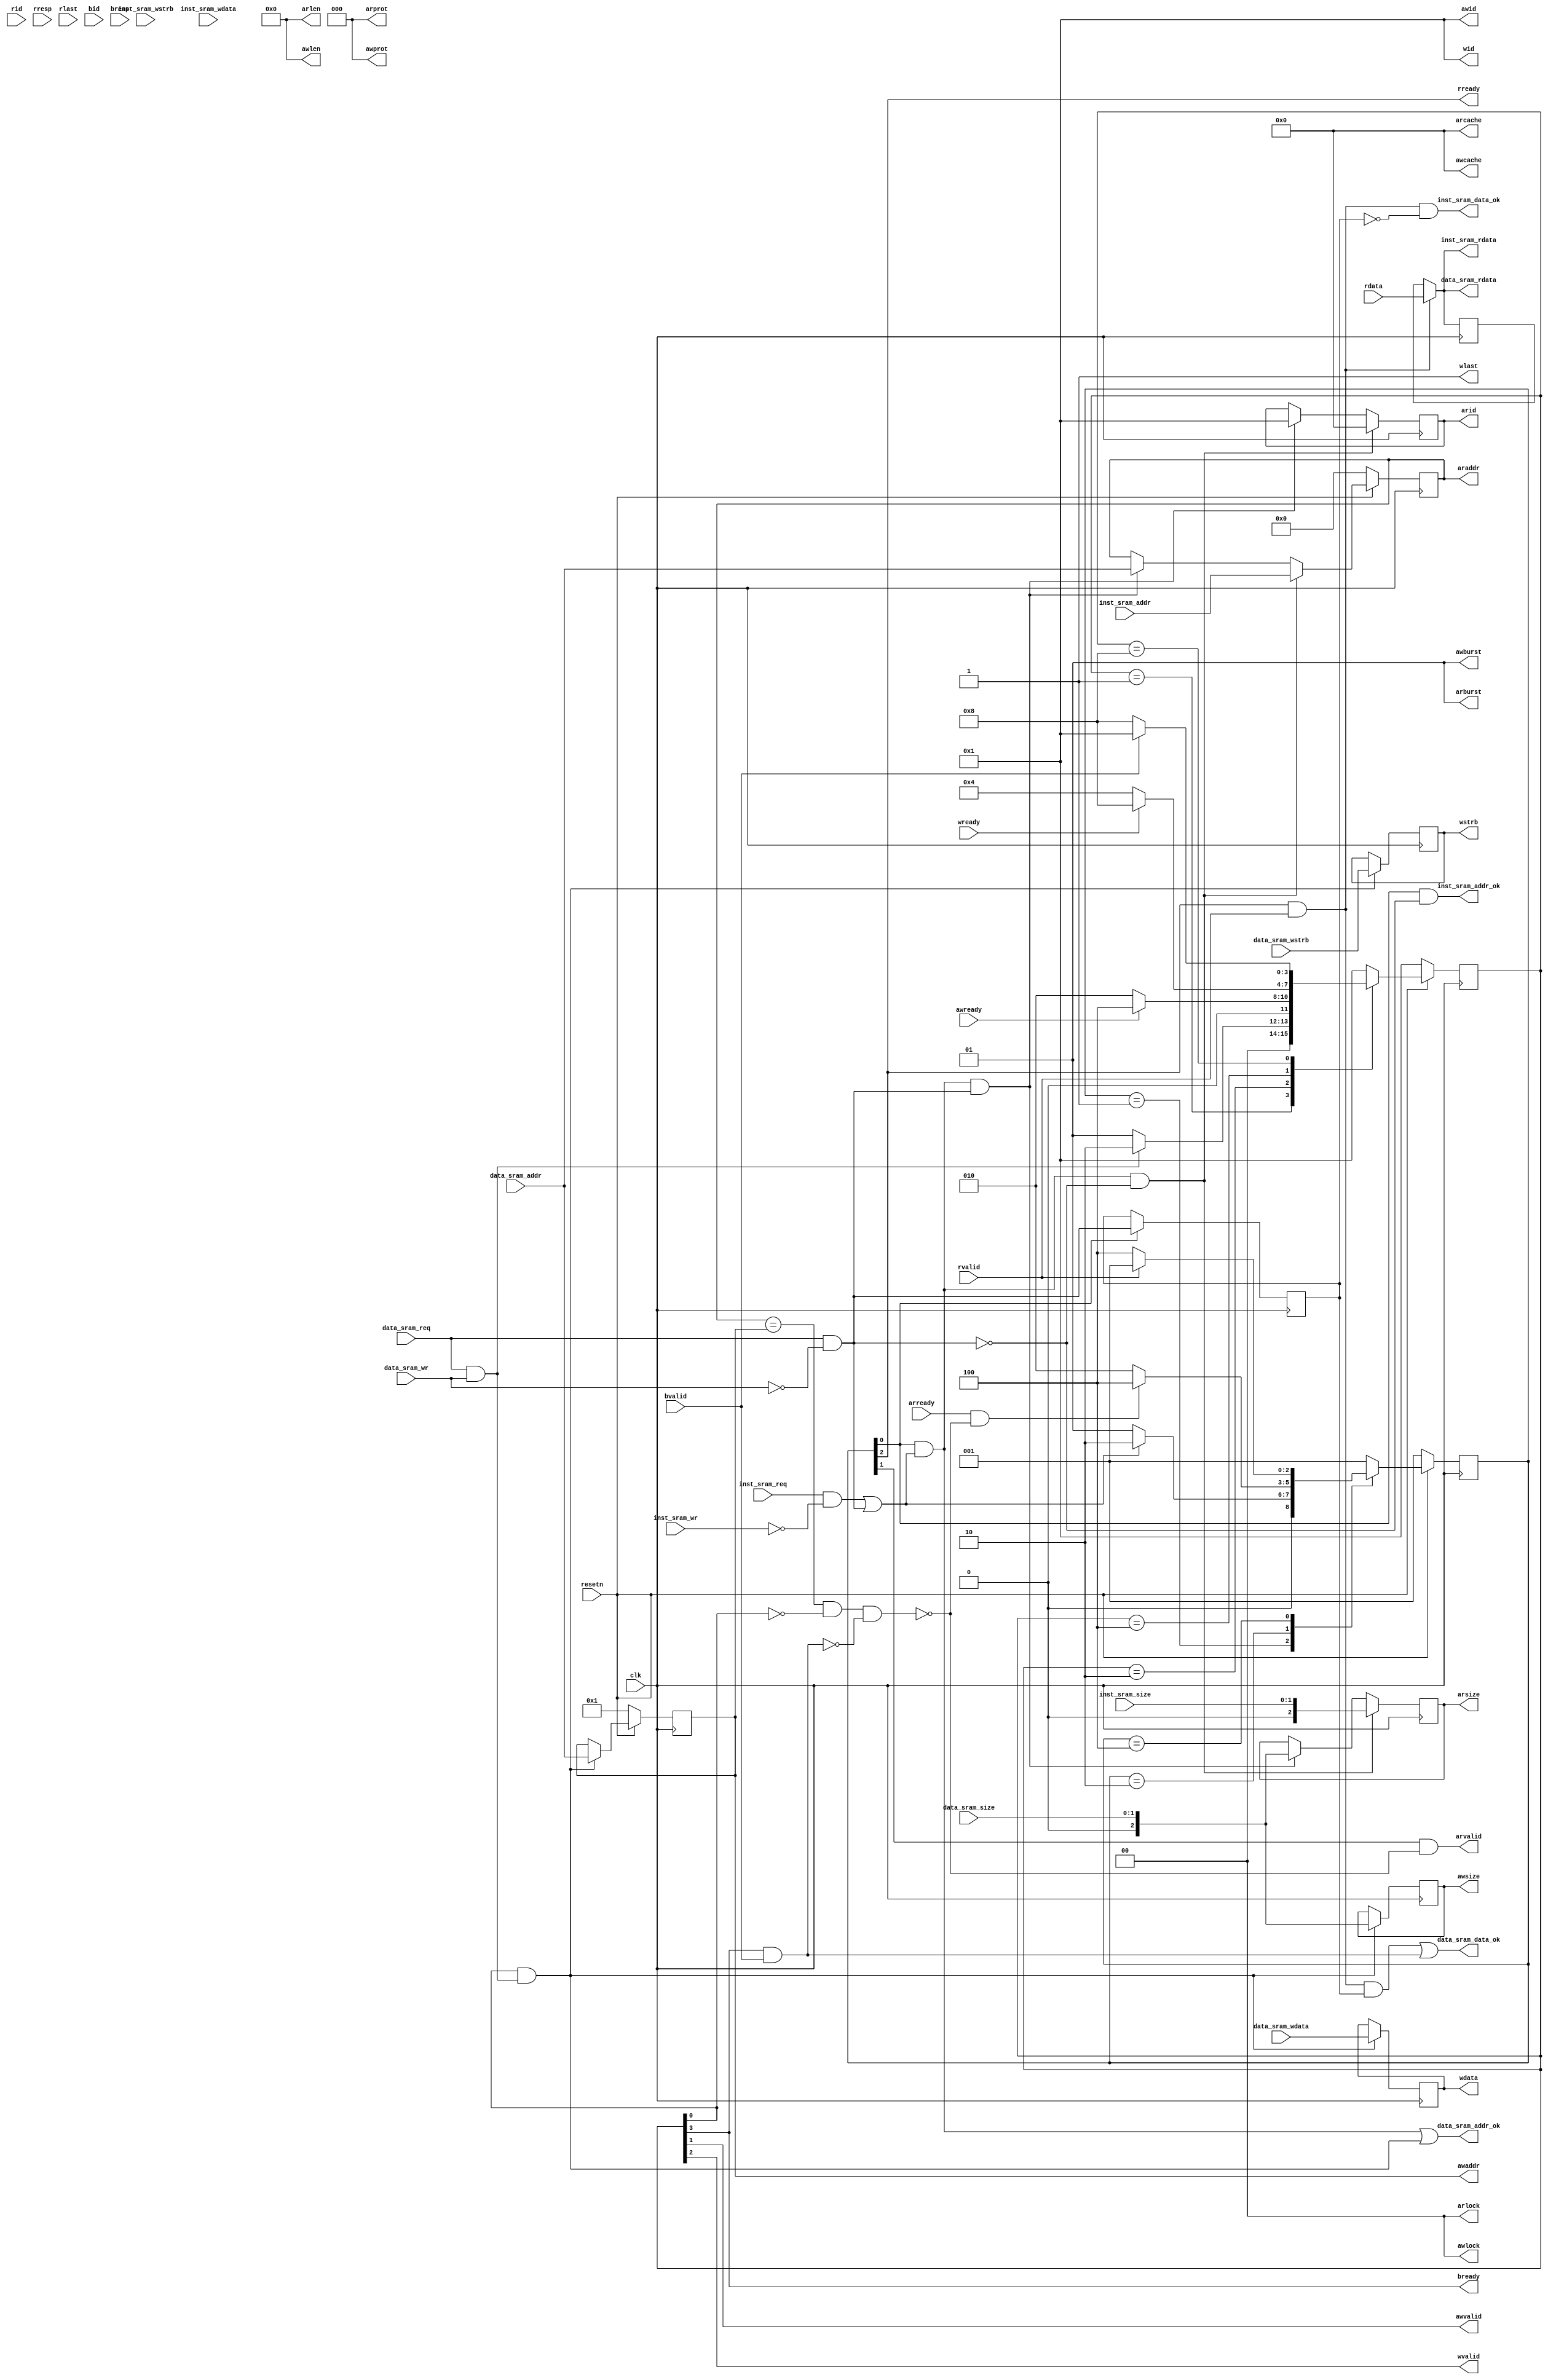
module sram_axi_bridge(
    input           clk                 ,
    input           resetn              ,

    //cpu interface
    //inst ram
    input           inst_sram_req       ,
    input           inst_sram_wr        ,
    input  [ 1: 0]  inst_sram_size      ,
    input  [31: 0]  inst_sram_addr      ,
    input  [ 3: 0]  inst_sram_wstrb     ,
    input  [31: 0]  inst_sram_wdata     ,
    output          inst_sram_addr_ok   ,
    output          inst_sram_data_ok   ,
    output [31: 0]  inst_sram_rdata     ,

    //data ram
    input           data_sram_req       ,
    input           data_sram_wr        ,
    input  [ 1: 0]  data_sram_size      ,
    input  [31: 0]  data_sram_addr      ,
    input  [ 3: 0]  data_sram_wstrb     ,
    input  [31: 0]  data_sram_wdata     ,
    output          data_sram_addr_ok   ,
    output          data_sram_data_ok   ,
    output [31: 0]  data_sram_rdata     ,

    //axi interface
    //read request
    output [ 3: 0]  arid                ,
    output [31: 0]  araddr              ,
    output [ 7: 0]  arlen               ,
    output [ 2: 0]  arsize              ,
    output [ 1: 0]  arburst             ,
    output [ 1: 0]  arlock              ,
    output [ 3: 0]  arcache             ,
    output [ 2: 0]  arprot              ,
    output          arvalid             ,
    input           arready             ,

    //read data & response
    input  [ 3: 0]  rid                 ,
    input  [31: 0]  rdata               ,
    input  [ 1: 0]  rresp               ,
    input           rlast               ,
    input           rvalid              ,
    output          rready              ,

    //write request
    output [ 3: 0]  awid                ,
    output [31: 0]  awaddr              ,
    output [ 7: 0]  awlen               ,
    output [ 2: 0]  awsize              ,
    output [ 1: 0]  awburst             ,
    output [ 1: 0]  awlock              ,
    output [ 3: 0]  awcache             ,
    output [ 2: 0]  awprot              ,
    output          awvalid             ,
    input           awready             ,

    //write data
    output [ 3: 0]  wid                 ,
    output [31: 0]  wdata               ,
    output [ 3: 0]  wstrb               ,
    output          wlast               ,
    output          wvalid              ,
    input           wready              ,

    //write response
    input  [ 3: 0]  bid                 ,
    input  [ 1: 0]  bresp               ,
    input           bvalid              ,
    output          bready
);

    localparam  RD_IDLE = 3'b001,
                RD_ADDR = 3'b010,
                RD_DATA = 3'b100,

                WR_IDLE = 4'b0001,
                WR_ADDR = 4'b0010,
                WR_DATA = 4'b0100,
                WR_RESP = 4'b1000;

    wire      rst;

    reg [2:0] rd_current;
    reg [2:0] rd_next;

    reg [3:0] wr_current;
    reg [3:0] wr_next;

    wire      has_read_request;
    wire      has_write_request;
    wire      has_raw_conflict;

    wire      from_RD_IDLE_to_RD_ADDR;
    wire      from_RD_ADDR_to_RD_DATA;
    wire      from_RD_DATA_to_RD_IDLE;

    wire      from_WR_IDLE_to_WR_ADDR;
    wire      from_WR_ADDR_to_WR_DATA;
    wire      from_WR_DATA_to_WR_RESP;
    wire      from_WR_RESP_to_WR_IDLE;

    assign    rst = ~resetn;

    always @(posedge clk)
    begin
        if (rst)
        begin
            rd_current <= RD_IDLE;
        end
        else
        begin
            rd_current <= rd_next;
        end
    end

    always @(*)
    begin
        case(rd_current)
        RD_IDLE:
        begin
            if(has_read_request)
            begin
                rd_next = RD_ADDR;//wait to send read request
            end
            else
            begin
                rd_next = RD_IDLE;
            end
        end

        RD_ADDR:
        begin
            if (arready & ~has_raw_conflict)
            begin
                rd_next = RD_DATA;//wait to receive read data
            end
            else
            begin
                rd_next = RD_ADDR;
            end
        end

        RD_DATA:
        begin
            if (rvalid)
            begin
                rd_next = RD_IDLE;//go back and wait for scheduling
            end
            else
            begin
                rd_next = RD_DATA;
            end
        end

        default:
            rd_next = RD_IDLE;

        endcase
    end

    always @(posedge clk)
    begin
        if (rst)
        begin
            wr_current <= WR_IDLE;
        end
        else
        begin
            wr_current <= wr_next;
        end
    end

    always @(*)
    begin
        case(wr_current)
        WR_IDLE:
        begin
            if(has_write_request)
            begin
                wr_next = WR_ADDR;//wait to send read request
            end
            else
            begin
                wr_next = WR_IDLE;
            end
        end

        WR_ADDR:
        begin
            if (awready)
            begin
                wr_next = WR_DATA;//wait to receive read data
            end
            else
            begin
                wr_next = WR_ADDR;
            end
        end

        WR_DATA:
        begin
            if (wready)
            begin
                wr_next = WR_RESP;//wait for feedback
            end
            else
            begin
                wr_next = WR_DATA;
            end
        end

        WR_RESP:
        begin
            if (bvalid)
            begin
                wr_next = WR_IDLE;
            end
            else
            begin
                wr_next = WR_RESP;
            end
        end

        default:
            wr_next = WR_IDLE;

        endcase
    end

    assign arlen    = 8'b00000000;
    assign arburst  = 2'b01;
    assign arlock   = 2'b00;
    assign arcache  = 4'b0000;
    assign arprot   = 3'b000;

    assign awid     = 4'b0001;
    assign awlen    = 8'b00000000;
    assign awburst  = 2'b01;
    assign awlock   = 2'b00;
    assign awcache  = 4'b0000;
    assign awprot   = 3'b000;

    assign wid      = 4'b0001;
    assign wlast    = 1'b1;

    wire inst_or_data;//0 for inst, 1 for data
    reg  inst_or_data_r;//data first

    assign inst_or_data = data_sram_req & ~data_sram_wr;
    always @(posedge clk)
    begin
        if (rd_current[0])
        begin
            inst_or_data_r <= inst_or_data;
        end
    end

    assign has_read_request  = inst_sram_req & ~inst_sram_wr | data_sram_req & ~data_sram_wr;
    assign has_write_request = data_sram_req & data_sram_wr;

    assign from_RD_IDLE_to_RD_ADDR = rd_current[0] & has_read_request;
    assign from_RD_ADDR_to_RD_DATA = rd_current[1] & arready & ~has_raw_conflict;
    assign from_RD_DATA_to_RD_IDLE = rd_current[2] & rvalid;

    assign from_WR_IDLE_to_WR_ADDR = wr_current[0] & has_write_request;
    assign from_WR_ADDR_to_WR_DATA = wr_current[1] & awready;
    assign from_WR_DATA_to_WR_RESP = wr_current[2] & wready;
    assign from_WR_RESP_to_WR_IDLE = wr_current[3] & bvalid;

    //assume that an instruction cannot be revised
    //NOTICE: this 'valid' cannot rely on slave ready
    assign inst_sram_addr_ok = rd_current[0] & ~inst_or_data;//wait for a rd_request with no data writing
    assign data_sram_addr_ok = from_RD_IDLE_to_RD_ADDR | from_WR_IDLE_to_WR_ADDR;

    reg [31: 0] rd_addr;
    reg [ 2: 0] rd_size;
    reg [ 3: 0] rd_id;
    reg [31: 0] rd_data;
    always @(posedge clk)
    begin
        if(rst)
        begin
            rd_addr <= 32'b0;
        end
        else if(from_RD_IDLE_to_RD_ADDR & ~inst_or_data)
        begin
            rd_addr <= inst_sram_addr;
        end
        else if(from_RD_IDLE_to_RD_ADDR & inst_or_data)
        begin
            rd_addr <= data_sram_addr;
        end
    end

    always @(posedge clk)
    begin
        if(from_RD_IDLE_to_RD_ADDR & ~inst_or_data)
        begin
            rd_size <= inst_sram_size;
            rd_id   <= 4'b0000;
        end
        else if(from_RD_IDLE_to_RD_ADDR & inst_or_data)
        begin
            rd_size <= data_sram_size;
            rd_id   <= 4'b0001;
        end
    end
    assign araddr = rd_addr;
    assign arsize = rd_size;
    assign arid   = rd_id;

    always @(posedge clk)
    begin
        if(from_RD_DATA_to_RD_IDLE)
        begin
            rd_data <= rdata;
        end
    end
    assign inst_sram_rdata = from_RD_DATA_to_RD_IDLE ? rdata : rd_data;
    assign data_sram_rdata = from_RD_DATA_to_RD_IDLE ? rdata : rd_data;

    assign arvalid = rd_current[1] & ~has_raw_conflict;
    assign rready  = rd_current[2];

    //inst_sram_w*** is ignored here

    reg [31: 0] wr_addr;
    reg [31: 0] wr_data;
    reg [ 2: 0] wr_size;
    reg [ 3: 0] wr_strb;
    always @(posedge clk)
    begin
        if(rst)
        begin
            wr_addr <= 32'b1;
        end
        else if(from_WR_IDLE_to_WR_ADDR)
        begin
            wr_addr <= data_sram_addr;
        end
    end

    always @(posedge clk)
    begin
        if(from_WR_IDLE_to_WR_ADDR)
        begin
            wr_data <= data_sram_wdata;
            wr_size <= data_sram_size;
            wr_strb <= data_sram_wstrb;
        end
    end
    assign awaddr  = wr_addr;
    assign awsize  = wr_size;
    assign awvalid = wr_current[1];
    assign wdata   = wr_data;
    assign wstrb   = wr_strb;
    assign wvalid  = wr_current[2];
    assign bready  = wr_current[3];

    assign has_raw_conflict  = (rd_addr == wr_addr) & ~wr_current[0] & ~from_WR_RESP_to_WR_IDLE;

    assign inst_sram_data_ok = from_RD_DATA_to_RD_IDLE & ~inst_or_data_r;
    assign data_sram_data_ok = from_RD_DATA_to_RD_IDLE &  inst_or_data_r | from_WR_RESP_to_WR_IDLE;

endmodule